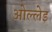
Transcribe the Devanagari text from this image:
ओल्लेइ